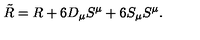
\tilde { R } = R + 6 D _ { \mu } S ^ { \mu } + 6 S _ { \mu } S ^ { \mu } .